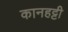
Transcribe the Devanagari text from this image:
कानहट्टी